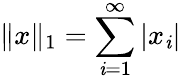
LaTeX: \| x\| _{1}=\sum_{\mathit{i}=1}^{\infty}|x_{\mathit{i}}|